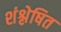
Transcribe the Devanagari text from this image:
शंश्लेषित